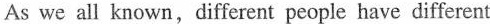
As we all known,different people have different